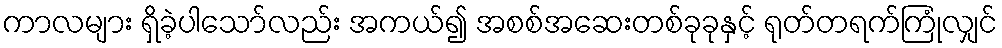
ကာလများ ရှိခဲ့ပါသော်လည်း အကယ်၍ အစစ်အဆေးတစ်ခုခုနှင့် ရုတ်တရက်ကြုံလျှင်